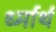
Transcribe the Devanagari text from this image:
र्ध्मार्थ